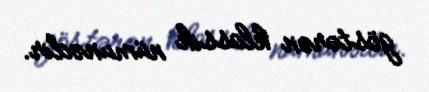
göstərən klassik nümunədir.